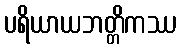
ပရိယာယဘတ္တိကဿ